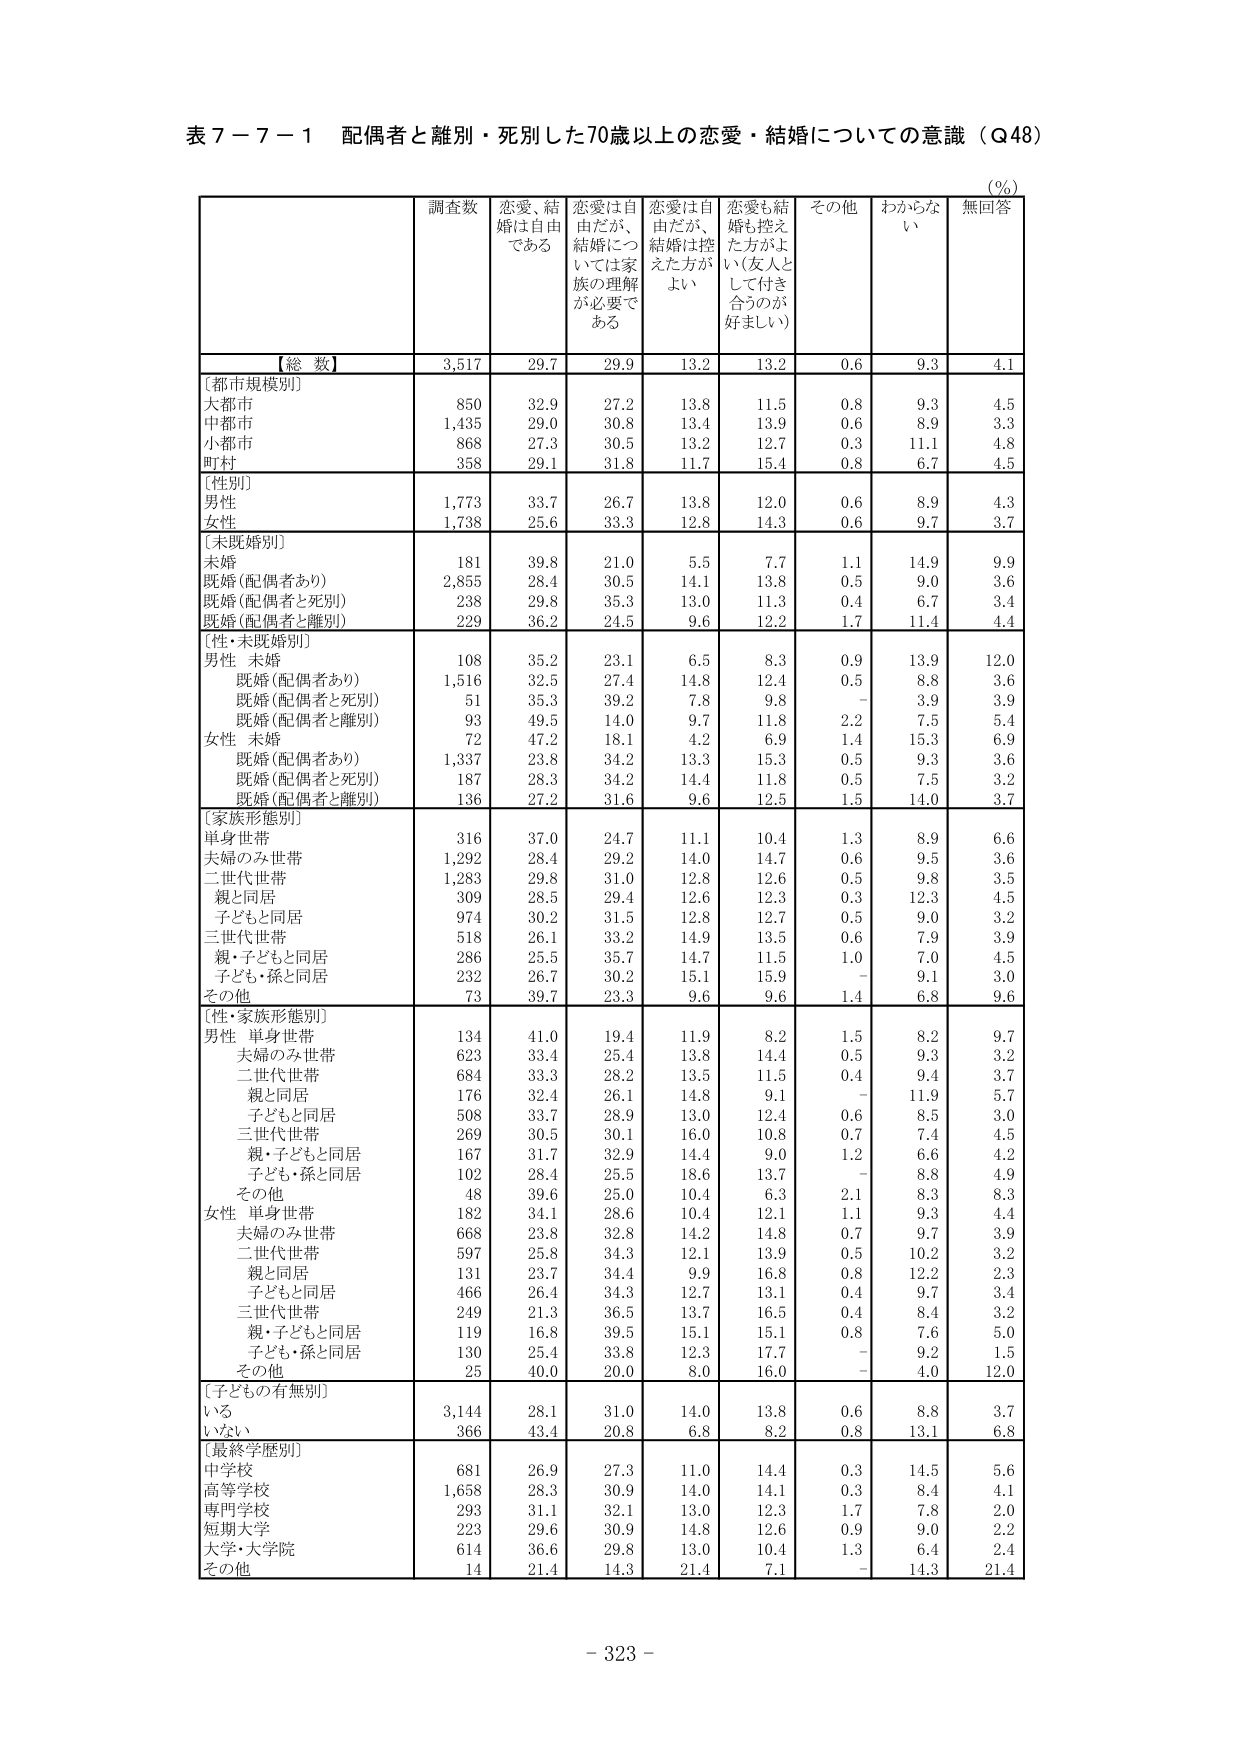
表７－７－１ 配偶者と離別・死別した70歳以上の恋愛・結婚についての意識（Q48）

（％）

調査数 恋愛、結婚は自由である 恋愛は自由だが、結婚については家族の理解が必要である 恋愛は自由だが、結婚は控えた方がよい 恋愛も結婚も控えた方がよい（友人として付き合うのが好ましい） その他 わからない 無回答

【総 数】 3,517 29.7 29.9 13.2 13.2 0.6 9.3 4.1

〔都市規模別〕
大都市 850 32.9 27.2 13.8 11.5 0.8 9.3 4.5
中都市 1,435 29.0 30.8 13.4 13.9 0.6 8.9 3.3
小都市 868 27.3 30.5 13.2 12.7 0.3 11.1 4.8
町村 358 29.1 31.8 11.7 15.4 0.8 6.7 4.5

〔性別〕
男性 1,773 33.7 26.7 13.8 12.0 0.6 8.9 4.3
女性 1,738 25.6 33.3 12.8 14.3 0.6 9.7 3.7

〔未既婚別〕
未婚 181 39.8 21.0 5.5 7.7 1.1 14.9 9.9
既婚（配偶者あり） 2,855 28.4 30.5 14.1 13.8 0.5 9.0 3.6
既婚（配偶者と死別） 238 29.8 35.3 13.0 11.3 0.4 6.7 3.4
既婚（配偶者と離別） 229 36.2 24.5 9.6 12.2 1.7 11.4 4.4

〔性・未既婚別〕
男性 未婚 108 35.2 23.1 6.5 8.3 0.9 13.9 12.0
既婚（配偶者あり） 1,516 32.5 27.4 14.8 12.4 0.5 8.8 3.6
既婚（配偶者と死別） 51 35.3 39.2 7.8 9.8 - 3.9 3.9
既婚（配偶者と離別） 93 49.5 14.0 9.7 11.8 2.2 7.5 5.4
女性 未婚 72 47.2 18.1 4.2 6.9 1.4 15.3 6.9
既婚（配偶者あり） 1,337 23.8 34.2 13.3 15.3 0.5 9.3 3.6
既婚（配偶者と死別） 187 28.3 34.2 14.4 11.8 0.5 7.5 3.2
既婚（配偶者と離別） 136 27.2 31.6 9.6 12.5 1.5 14.0 3.7

〔家族形態別〕
単身世帯 316 37.0 24.7 11.1 10.4 1.3 8.9 6.6
夫婦のみ世帯 1,292 28.4 29.2 14.0 14.7 0.6 9.5 3.6
二世代世帯 1,283 29.8 31.0 12.8 12.6 0.5 9.8 3.5
親と同居 309 28.5 29.4 12.6 12.3 0.3 12.3 4.5
子どもと同居 974 30.2 31.5 12.8 12.7 0.5 9.0 3.2
三世代世帯 518 26.1 33.2 14.9 13.5 0.6 7.9 3.9
親・子どもと同居 286 25.5 35.7 14.7 11.5 1.0 7.0 4.5
子ども・孫と同居 232 26.7 30.2 15.1 15.9 - 9.1 3.0
その他 73 39.7 23.3 9.6 9.6 1.4 6.8 9.6

〔性・家族形態別〕
男性 単身世帯 134 41.0 19.4 11.9 8.2 1.5 8.2 9.7
夫婦のみ世帯 623 33.4 25.4 13.8 14.4 0.5 9.3 3.2
二世代世帯 684 33.3 28.2 13.5 11.5 0.4 9.4 3.7
親と同居 176 32.4 26.1 14.8 9.1 - 11.9 5.7
子どもと同居 508 33.7 28.9 13.0 12.4 0.6 8.5 3.0
三世代世帯 269 30.5 30.1 16.0 10.8 0.7 7.4 4.5
親・子どもと同居 167 31.7 32.9 14.4 9.0 1.2 6.6 4.2
子ども・孫と同居 102 28.4 25.5 18.6 13.7 - 8.8 4.9
その他 48 39.6 25.0 10.4 6.3 2.1 8.3 8.3
女性 単身世帯 182 34.1 28.6 10.4 12.1 1.1 9.3 4.4
夫婦のみ世帯 668 23.8 32.8 14.2 14.8 0.7 9.7 3.9
二世代世帯 597 25.8 34.3 12.1 13.9 0.5 10.2 3.2
親と同居 131 23.7 34.4 9.9 16.8 0.8 12.2 2.3
子どもと同居 466 26.4 34.3 12.7 13.1 0.4 9.7 3.4
三世代世帯 249 21.3 36.5 13.7 16.5 0.4 8.4 3.2
親・子どもと同居 119 16.8 39.5 15.1 15.1 0.8 7.6 5.0
子ども・孫と同居 130 25.4 33.8 12.3 17.7 - 9.2 1.5
その他 25 40.0 20.0 8.0 16.0 - 4.0 12.0

〔子どもの有無別〕
いる 3,144 28.1 31.0 14.0 13.8 0.6 8.8 3.7
いない 366 43.4 20.8 6.8 8.2 0.8 13.1 6.8

〔最終学歴別〕
中学校 681 26.9 27.3 11.0 14.4 0.3 14.5 5.6
高等学校 1,658 28.3 30.9 14.0 14.1 0.3 8.4 4.1
専門学校 293 31.1 32.1 13.0 12.3 1.7 7.8 2.0
短期大学 223 29.6 30.9 14.8 12.6 0.9 9.0 2.2
大学・大学院 614 36.6 29.8 13.0 10.4 1.3 6.4 2.4
その他 14 21.4 14.3 21.4 7.1 - 14.3 21.4

- 323 -